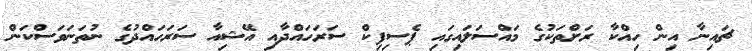
ޗައިނާ އިން ހިއްކާ ރަށްތަކުގެ މައްސަލައިގައި ޕެސިފިކް ސަރަހައްދާއި އޭޝިއާ ސަރަހައްދުގެ ނުތަނަވަސްކަން